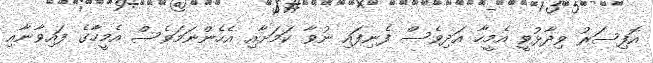
އޮފިސަރު ވިދާޅުވީ އެމީހާ އަދިވެސް ފެނިފައި ނުވާ ކަމަށާއި އެހެންނަމަވެސް އެމީހާގެ ފައިވާނާއި